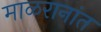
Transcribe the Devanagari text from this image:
माळरानांत